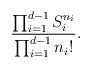
LaTeX: \begin{align*}\frac{\prod_{i=1}^{d-1}S_i^{n_i}}{\prod_{i=1}^{d-1}n_i!}.\end{align*}